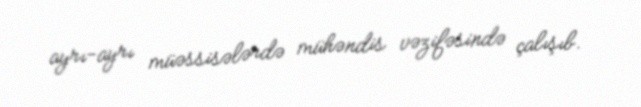
ayrı-ayrı müəssisələrdə mühəndis vəzifəsində çalışıb.